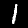
Digit: 1